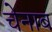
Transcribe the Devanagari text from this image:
चेनाव